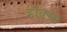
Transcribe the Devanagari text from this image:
डोक्सा